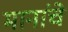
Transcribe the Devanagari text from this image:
मानांचे